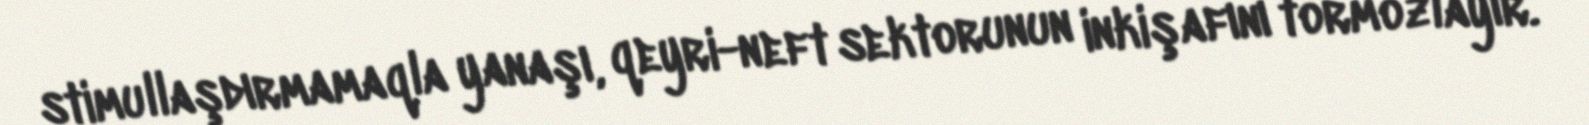
stimullaşdırmamaqla yanaşı, qeyri-neft sektorunun inkişafını tormozlayır.